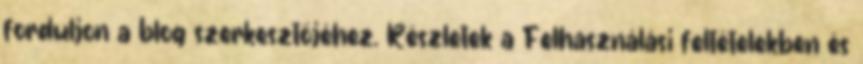
forduljon a blog szerkesztőjéhez. Részletek a Felhasználási feltételekben és